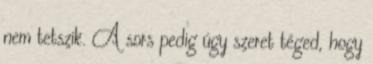
nem tetszik. A sors pedig úgy szeret téged, hogy